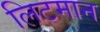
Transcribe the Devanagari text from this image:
लिटमान